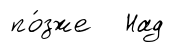
по́зже Над